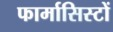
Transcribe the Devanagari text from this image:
फार्मासिस्टों